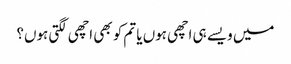
میں ویسے ہی اچھی ہوں یا تم کو بھی اچھی لگتی ہوں؟